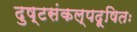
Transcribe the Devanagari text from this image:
दुष्टसंकल्पदूषितः